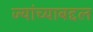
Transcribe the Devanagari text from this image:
ज्यांच्याबद्दल